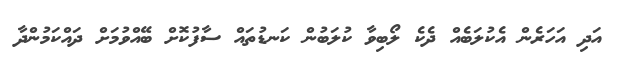
އަދި އަހަރެން އެކުލަބެއް ދެކެ ލޯބިވާ ކުލަބުން ކަނޑުތައް ސާފުކޮށް ބޭއްވުމަށް ދައްކަމުންދާ